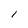
Character: I